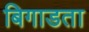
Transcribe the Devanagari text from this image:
बिगाडता